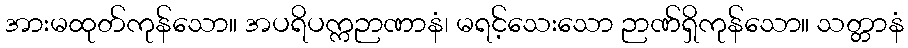
အားမထုတ်ကုန်သော။ အပရိပက္ကဉာဏာနံ၊ မရင့်သေးသော ဉာဏ်ရှိကုန်သော။ သတ္တာနံ